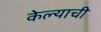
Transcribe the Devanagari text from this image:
केेल्याची